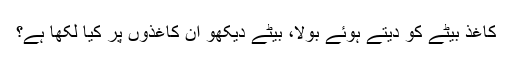
کاغذ بیٹے کو دیتے ہوئے بولا، بیٹے دیکھو ان کاغذوں پر کیا لکھا ہے؟